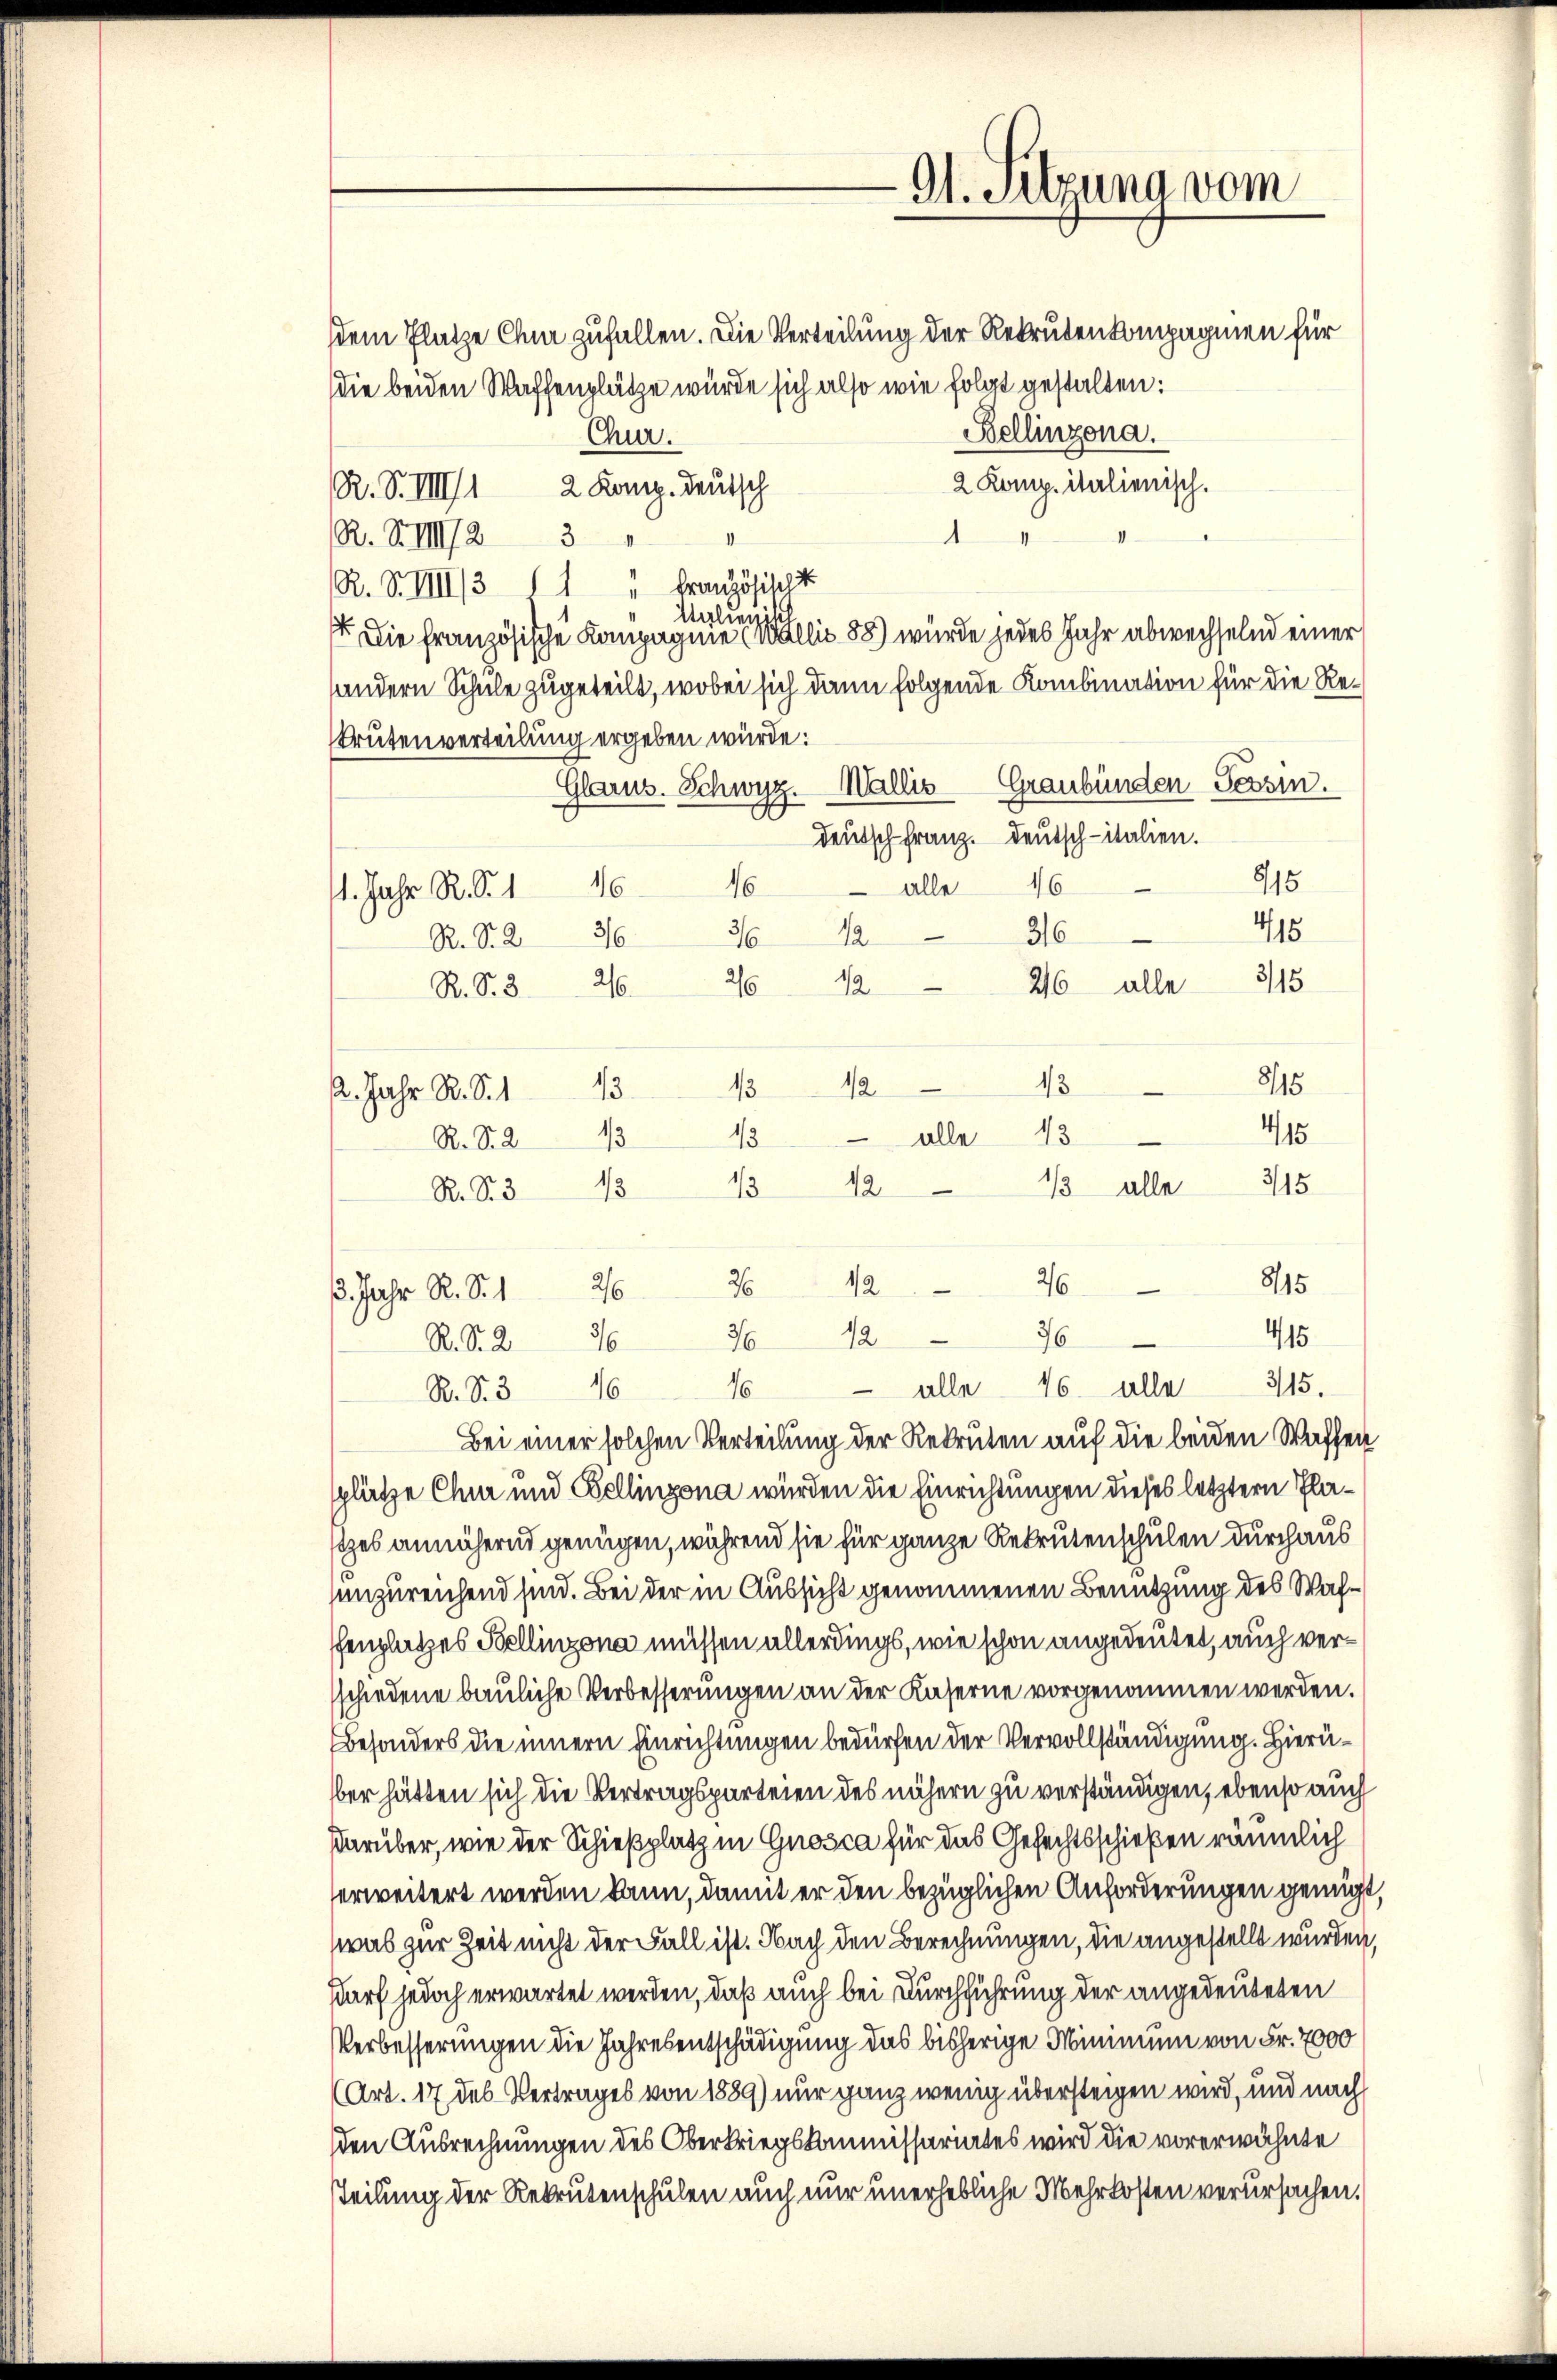
dem Platze Cha zufallen. Die Verteilung der Rekrutenkompagnien für
die beiden Waffenplätze würde sich also wie folgt gestalten:
Bellinzona.
Chur.
2 Komp. italienisch.
R. S. VIII 1 2 Komp. deutsch
R. F. VIII 23
R. S. IIII/3 11 " Französisch i
Wylienik
. Die französische Kompagnie (wollis 88) wurde jedes Jahr abwechselnd einer
sandern Schule zugeteilt, wobei sich dann folgende Kombination für die Re¬
Brütenverteilung ergeben würde:
Glarus. Schwyz. Wallis Graubünden Tessin.
deutsch franz. Deutsch-italien.
815
alle 46
46
46
1. Jahr R. S. 1
415
316
12
36
26
R. S. 2
315
12
26 alle
26
R. S. 320.
815
43
e
A. Jahr R. S. 113
415
43
R. S. 2
315
13 alle
12
13
R. S. 315
8115
26
112
26
. Jahr R. S. 126
76
415
12
26
R. S. 276
315.
 alle 46 alle
16
46
R. S. 3
Bei einer solchen Verteilung der Rekruten auf die beiden Waffen
plätze Chur und Bellinzona wurden die Einrichtungen dieses letztern Plastzes annähernd genügen, während sie für ganze Rekrutenschulen durchaus
anzureichend sind. Bei der in Aussicht genommenen Benutzung des Waffenplatzes Bellinzona müssen allerdings, wie schon angedeutet, auch versschiedene bauliche Verbesserungen an der Kaserne vorgenommen werden.
Besonders die innern Einrichtungen bedürfen der Vervollständigung. Hierüber hätten sich die Vertragsparteien des nähern zu verständigen, ebenso auch
darüber, wie der Schießplatz in Gnosca für das Gefechtsschießen räumlich
erweitert werden kann, damit er den bezüglichen Anforderungen genügt,
was zur Zeit nicht der Fall ist. Nach den Berechnungen, die angestellt wurden,
sdarf jedoch erwartet werden, daß auch bei Durchführung der angedeuteten
Verbesserungen die Jahresentschädigung das bisherige Minimum von Fr. 7000
(Art. 17 des Vertrages von 1889) nur ganz wenig übersteigen wird, und nach
den Ausrechnungen des Oberkriegskommissariates wird die vorerwähnte
Teilung der Rekrutenschulen auch nur unerhebliche Mehrkosten verursachen.

1/3 1/2
 alle 13
18

Gt. Sitzuna vom